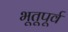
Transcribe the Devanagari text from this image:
भूतूपूर्व